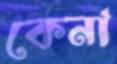
কেনা